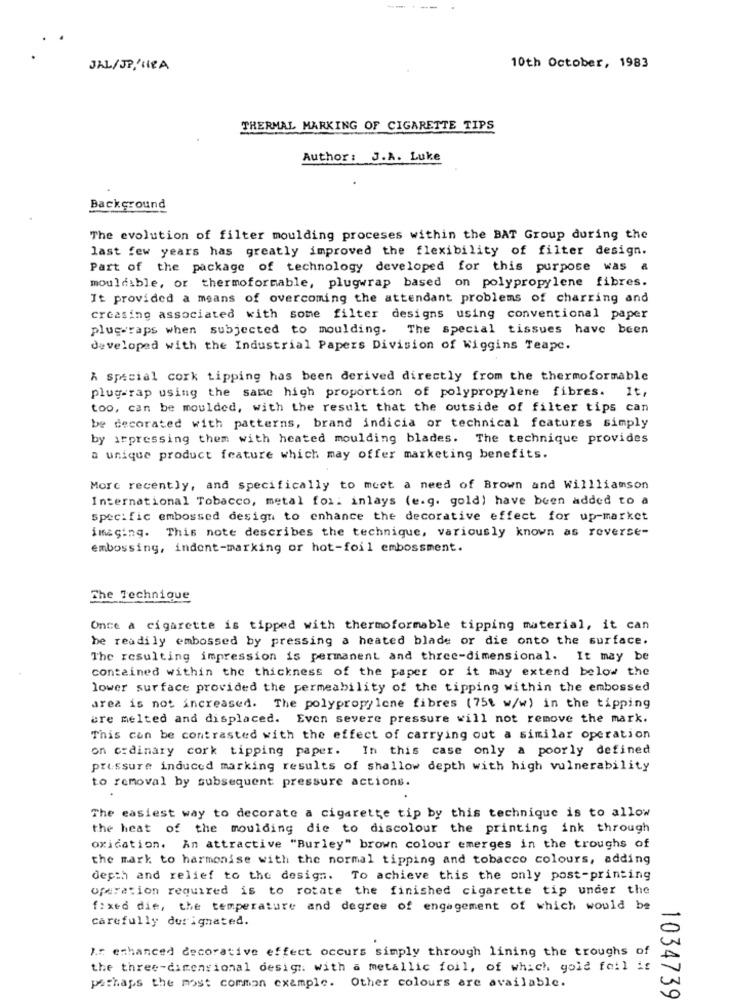
---
JAL/JP/ SIRA
10th October, 1983
THERMAL MARKING OF CIGARETTE TIPS
Author: J.A. Luke
Background
The evolution of filter moulding proceses within the BAT Group during the
last few years has greatly improved the flexibility of filter design.
Part of the package of technology developed for this purpose was a
mouldsble, or thermoformable, plugwrap based on polypropylene fibres.
It provided a means of overcoming the attendant problems of charring and
creasing associated with some filter designs using conventional paper
plug-raps when subjected to moulding. The special tissues have been
developed with the Industrial Papers Division of Wiggins Teape.
A special cork tipping has been derived directly from the thermoformable
plug-rap using the same high proportion of polypropylene fibres. It,
too, can be moulded, with the result that the outside of filter tips can
be decorated with patterns, brand indicia or technical features simply
by irpressing them with heated moulding blades. The technique provides
a unique product feature which may offer marketing benefits.
More recently, and specifically to most a need of Brown and Willliamson
International Tobacco, metal for: inlays (e.g. gold) have been added to a
specific embossed design to enhance the decorative effect for up-market
imaging. This note describes the technique, variously known as reverse-
embossing, indent-marking or hot-foil embossment.
The Technique
Once a cigarette is tipped with thermoformable tipping material, it can
he readily embossed by pressing a heated blade or die onto the surface.
The resulting impression is permanent and three-dimensional. It may be
contained within the thickness of the paper or it may extend below the
lower surface provided the permeability of the tipping within the embossed
area is not increased. The polypropylene fibres (75% w/w) in the tipping
are melted and displaced. Even severe pressure will not remove the mark.
This can be contrasted with the effect of carrying out a similar operation
on ordinary cork tipping paper. In this case only a poorly defined
pressure induced marking results of shallow depth with high vulnerability
to removal by subsequent pressure actions.
The easiest way to decorate a cigarette tip by this technique is to allow
the heat of the moulding die to discolour the printing ink through
oxidation. An attractive "Burley" brown colour emerges in the troughs of
the mark to harmonise with the normal tipping and tobacco colours, adding
depth and relief to the design. To achieve this the only post-printing
operation required is to rotate the finished cigarette tip under the
fixed die, the temperature and degree of engagement of which would be
Carefully derignated.
Ar enhanced decorative effect occurs simply through lining the troughs of
the three-dimensional design. with a metallic foil, of which gold foil if
perhaps the most common example. Other colours are available.
1034739